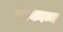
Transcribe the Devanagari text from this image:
शाकान्न